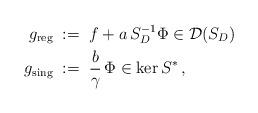
LaTeX: \begin{align*} g_{\mathrm{reg}}\;&:=\;f+a\, S_D^{-1}\Phi\in\mathcal{D}(S_D) \\ g_{\mathrm{sing}}\;&:=\;\frac{b}{\gamma}\,\Phi\in\ker S^*\,, \end{align*}